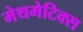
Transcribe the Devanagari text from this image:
मेथमेटिक्स